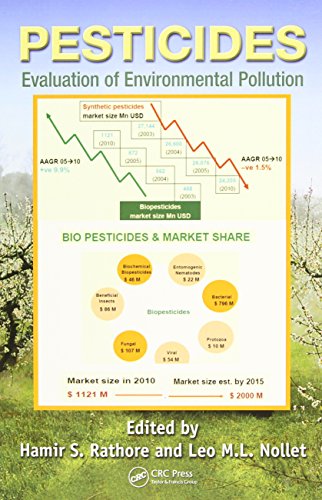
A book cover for Pesticides: Evaluation of Environmental Pollution; Science & Math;